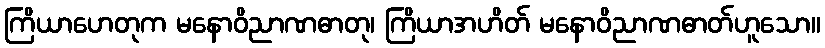
ကြိယာဟေတုက မနောဝိညာဏဓာတု၊ ကြိယာအဟိတ် မနောဝိညာဏဓာတ်ဟူသော။